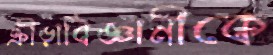
ক্রীড়াবিজ্ঞানীকে